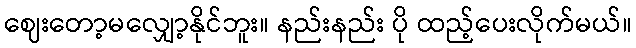
ဈေးတော့မလျှော့နိုင်ဘူး။ နည်းနည်း ပို ထည့်ပေးလိုက်မယ်။